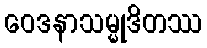
ဝေဒနာသမ္မုဒိတဿ